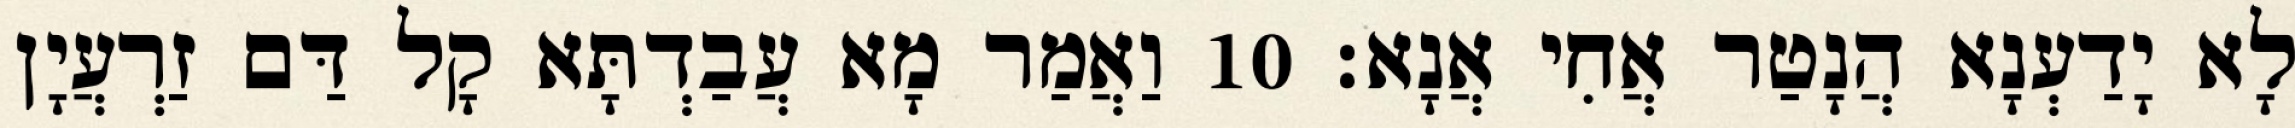
לָא יָדַעְנָא הֲנָטַר אֲחִי אֲנָא׃ 10 וַאֲמַר מָא עֲבַדְתָּא קָל דַּם זַרְעֲיָן